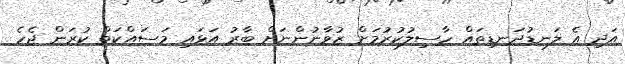
އަދި އެ ލަނޑުދަނޑިތައް ހާސިލުކުރުމަށް ޒުވާނުންނަށް ބާރު އަޅައި މަސައްކަތް ކުރަން ޖެހެ